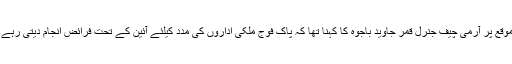
اس موقع پر آرمی چیف جنرل قمر جاوید باجوہ کا کہنا تھا کہ پاک فوج ملکی اداروں کی مدد کیلئے آئین کے تحت فرائض انجام دیتی رہے گی۔